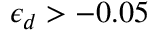
\epsilon _ { d } > - 0 . 0 5